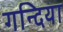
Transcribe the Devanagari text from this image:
गन्दिया